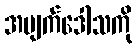
အမျက်ဒေါသကို